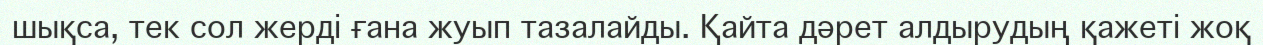
шықса, тек сол жерді ғана жуып тазалайды. Қайта дәрет алдырудың қажеті жоқ